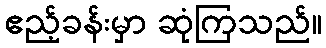
ဧည့်ခန်းမှာ ဆုံကြသည်။